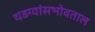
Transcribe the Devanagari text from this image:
थडग्यांसभोवताल